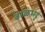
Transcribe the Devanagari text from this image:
बाळंभट्ट